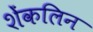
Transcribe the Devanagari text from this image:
शेंकलिन